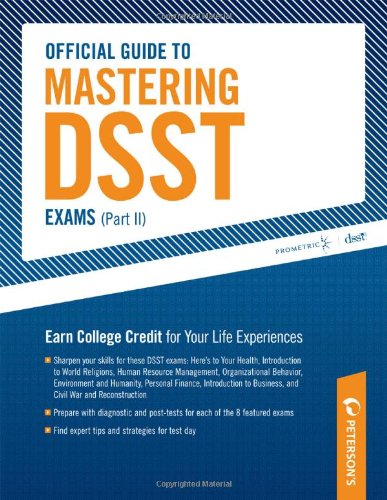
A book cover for Official Guide to Mastering DSST Exams (vol II) (Peterson's Official Guide to Mastering Dsst Exams); Peterson's; Test Preparation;